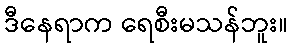
ဒီနေရာက ရေစီးမသန်ဘူး။